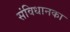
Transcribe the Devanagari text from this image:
संविधानका